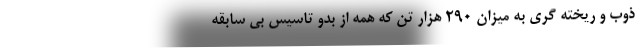
ذوب و ریخته گری به میزان ۲۹۰ هزار تن که همه از بدو تاسیس بی سابقه